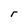
Character: r